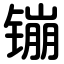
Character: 镚